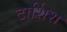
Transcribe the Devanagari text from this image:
टार्शिश